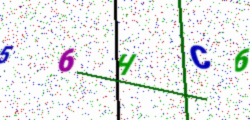
Text: 56HC6